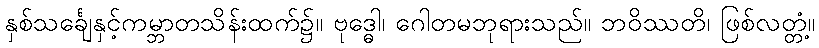
နှစ်သင်္ချေနှင့်ကမ္ဘာတသိန်းထက်၌။ ဗုဒ္ဓေါ၊ ဂေါတမဘုရားသည်။ ဘဝိဿတိ၊ ဖြစ်လတ္တံ့။